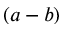
( a - b )